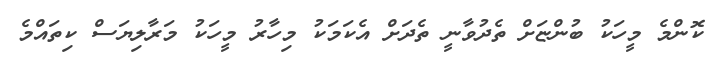
ކޮންމެ މީހަކު ބުންޏަށް ތެދުވާނީ ތެދަށް އެކަމަކު މިހާރު މީހަކު މަރާލިޔަސް ކިތައްމެ